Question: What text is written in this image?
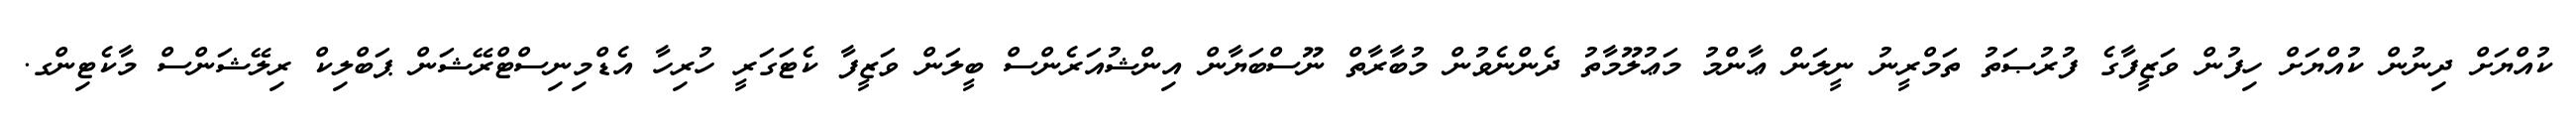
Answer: ކުއްޔަށް ދިނުން ކުއްޔަށް ހިފުން ވަޒީފާގެ ފުރުޞަތު ތަމްރީނު ނީލަން ޢާންމު މަޢުލޫމާތު ދެންނެވުން މުބާރާތް ނޫސްބަޔާން އިންޝުއަރެންސް ބީލަން ވަޒީފާ ކެޓަގަރީ ހުރިހާ އެޑްމިނިސްޓްރޭޝަން ޕަބްލިކް ރިލޭޝަންސް މާކެޓިންގ.